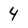
Character: 4